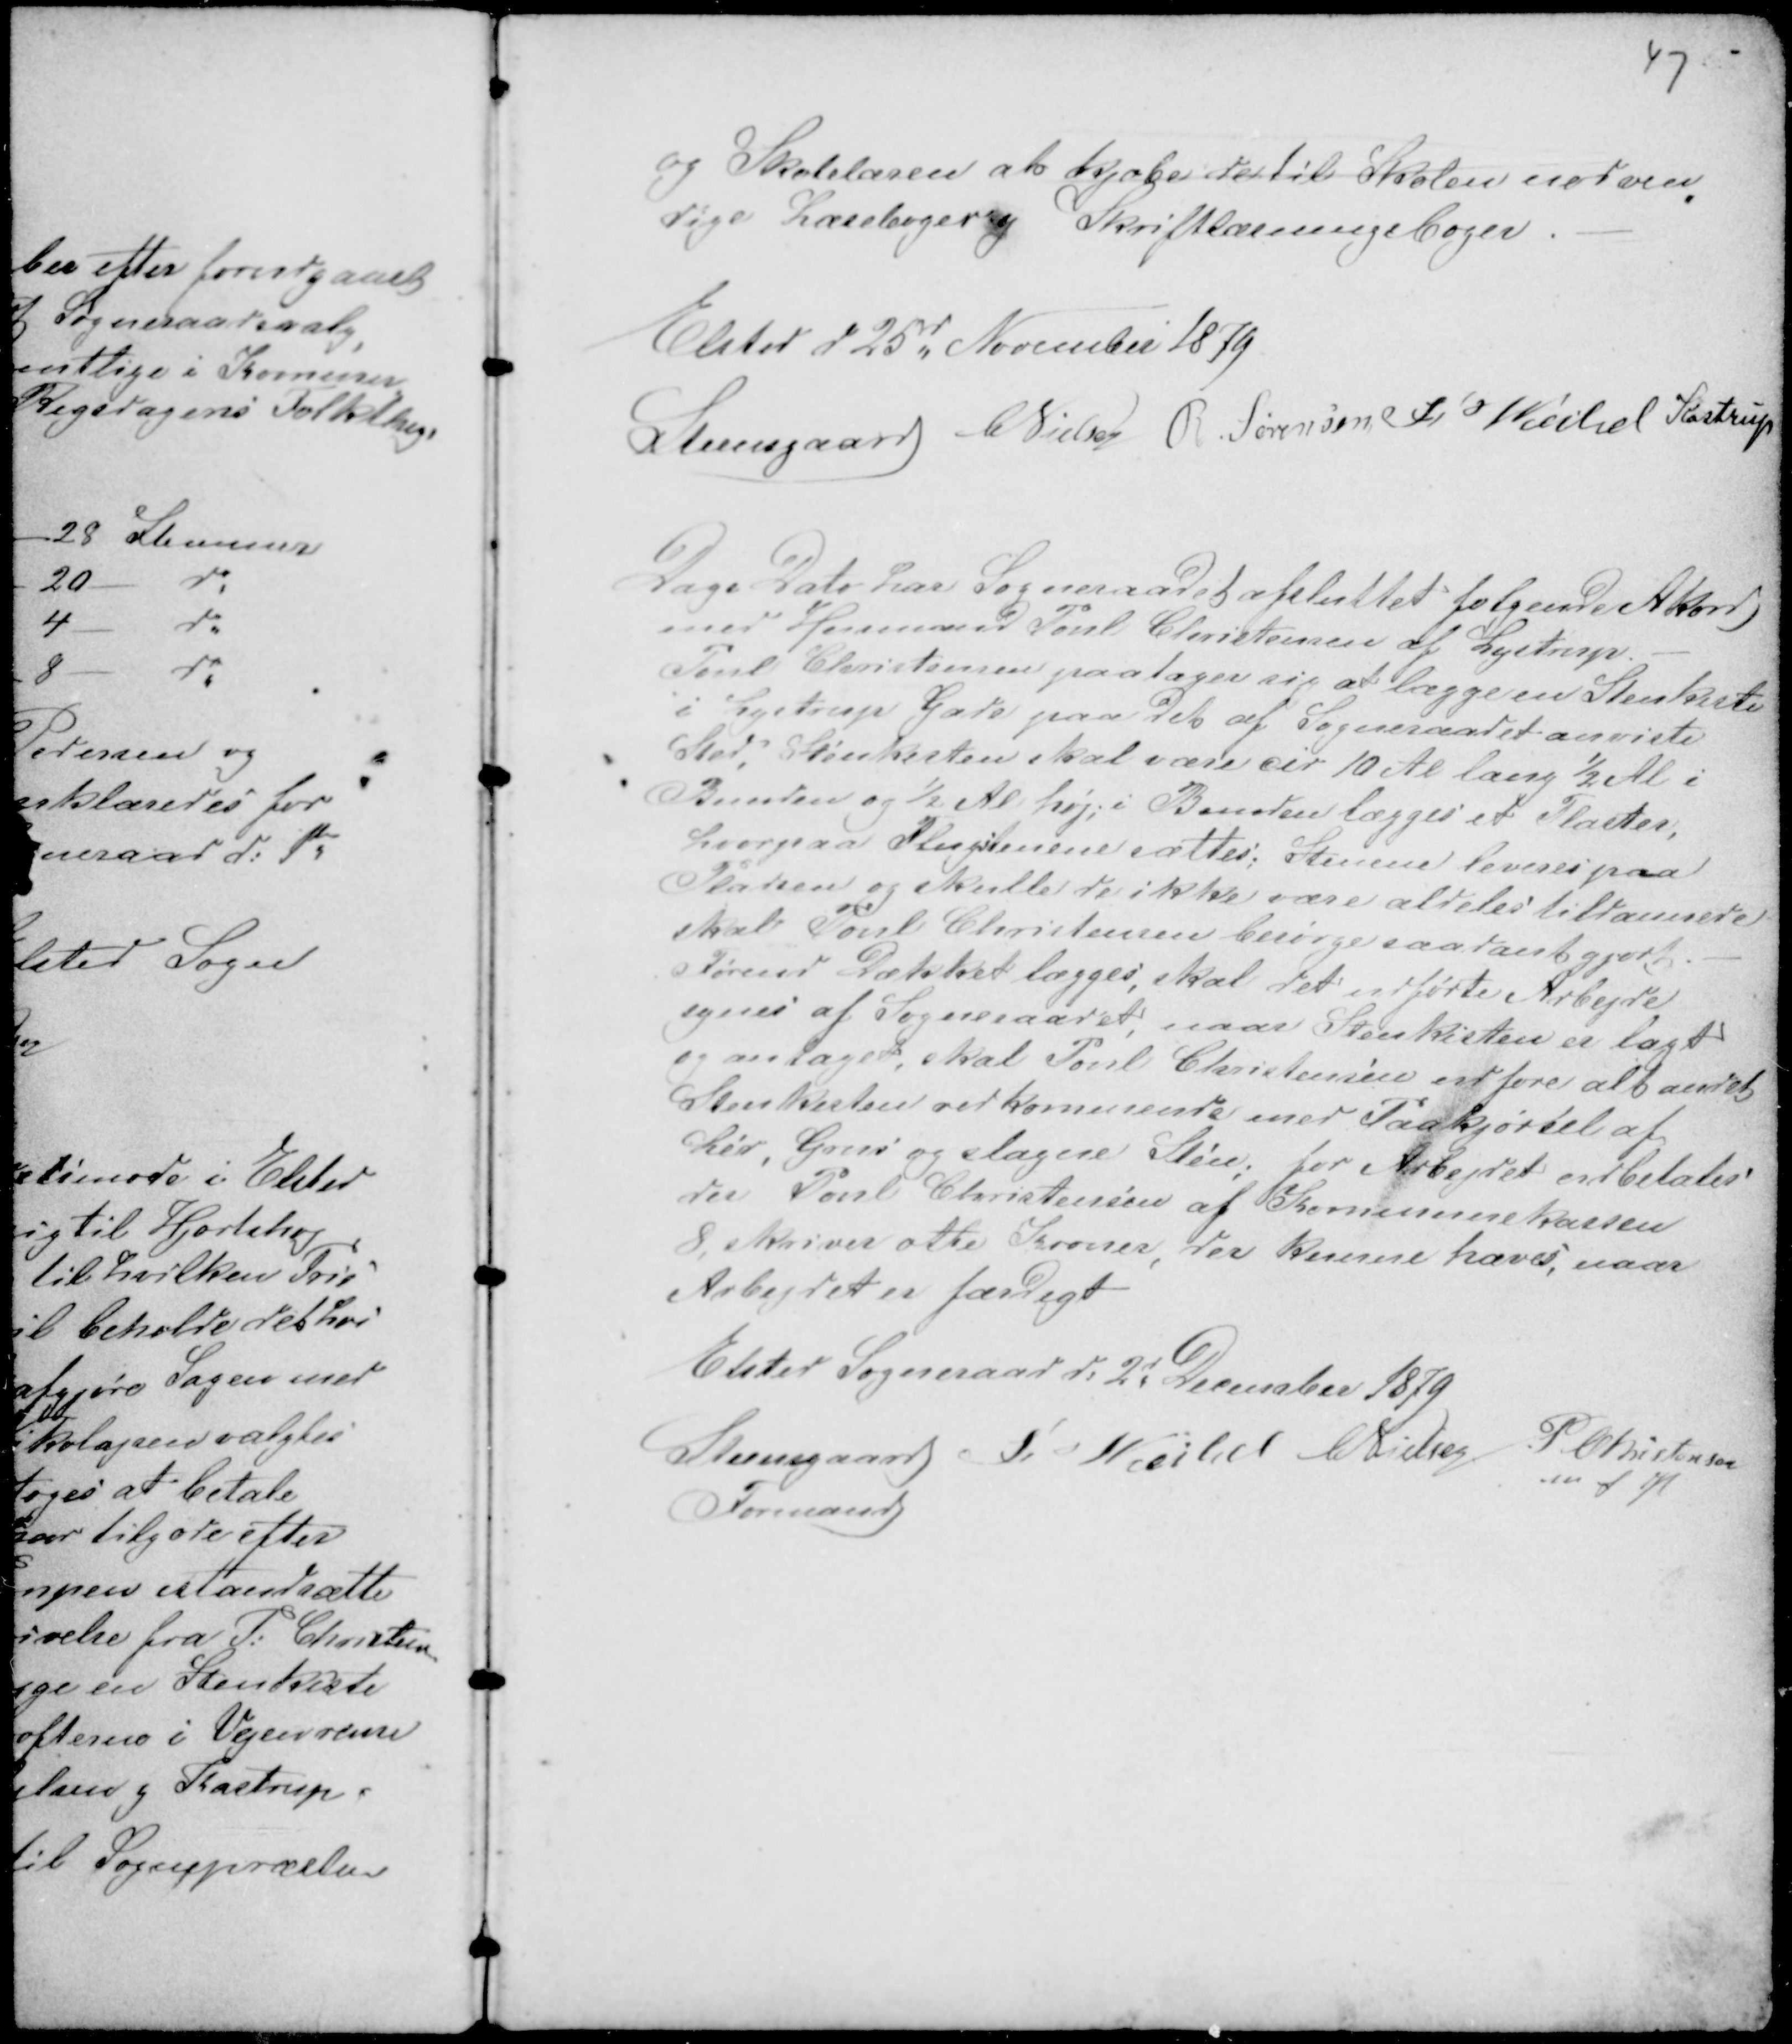
Transskription:
47

og Skolelæren at kjøbe de til skolen nødven-
dige Læsebøger og Skriftslæsningsbøger. -
Elsted d 25d November 1879
Steensgaard CNielsen R. Sørensen F Veibel Kastrup

Dags Dato har Sogneraadet afsluttet følgende Akkord
med Husmand Poul Christensen af Lystrup. -
Poul Christensen paatager sig at lægge en Stenkiste
i Lystrup Gade paa det af Sogneraadet anviste
Sted, Stenkisten skal være Cir 10 Al lang ½ Al i
Bunden og ½ Al høj; i Bunden lægges et Plaster,
hvorpaa Flugstenene sættes; Stenene leveres paa
Pladsen og skulle de ikke være aldeles tildannede
skal Poul Christensen besørge saadant gjort. -
Førend Dækket lægges skal det udførte Arbejde
synes af Sogneraadet, naar Stenkisten er lagt
og antaget skal Poul Christensen udføre alt andet
Stenkisten vedkommende med Paakjørsel af
Ler, Grus og slagne Sten; for Arbejdet udbetales
der Poul Christensen af Kommunekassen
8, skriver otte kroner, der kunne hæves, naar
Arbejdet er færdigt
Elsted Sogneraad d: 2d December 1879
Steensgaard
Formand
Fr Veibel CNielsen
P Christensen
m f H